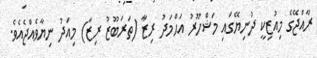
ރާއްޖޭގެ މިއުޒިކީ ދުނިޔޭގައި މަޝްހޫރު އަޙްމަދު ރިޒާ (ތަރަބޫޒު ރިޒާ) މިއަދު ނިޔާވެއްޖެއެވެ.